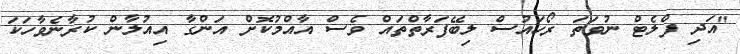
"އަދި ފްލެޓް ނުވަތަ ރޯހައުސް ލިބޭފަރާތްތައް ވެސް އާއްމުކޮށް އަންގާ އިއުލާން ކުރާނެވާހަކަ